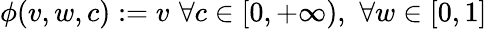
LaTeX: \phi(v,w,c):=v\, \, \forall c\in[0,+\infty),\, \, \forall w\in[0,1]